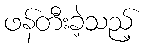
ဖန်တီးခဲ့သည့်